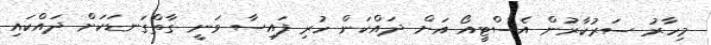
މިހާރު ސަރުކާރުން އެސްޓީއޯ އަށް ދައްކަން ހުރި ފައިސާ ވަނީ ގާތްގަނޑަކަށް ދައްކައި